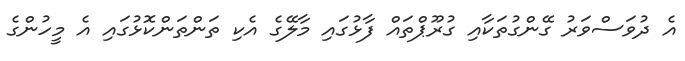
އެ ދުވަސްވަރު ގޭންގުތަކާއި ގުރޫޕްތައް ފާޅުގައި މާލޭގެ އެކި ތަންތަންކޮޅުގައި އެ މީހުންގެ